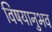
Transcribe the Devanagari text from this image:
विषयानुभव